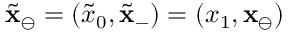
\tilde { \mathbf { x } } _ { \ominus } = ( \tilde { x } _ { 0 } , \tilde { \mathbf { x } } _ { - } ) = ( x _ { 1 } , \mathbf { x } _ { \ominus } )